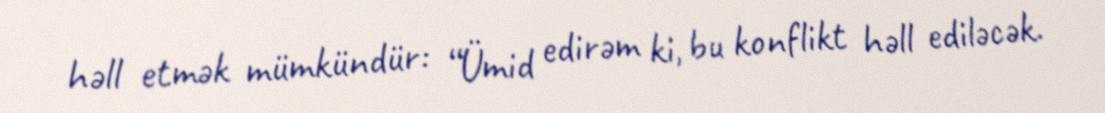
həll etmək mümkündür: “Ümid edirəm ki, bu konflikt həll ediləcək.